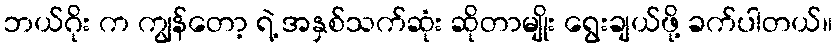
ဘယ်ဂိုး က ကျွန်တော့ ရဲ့ အနှစ်သက်ဆုံး ဆိုတာမျိုး ရွေးချယ်ဖို့ ခက်ပါတယ်။